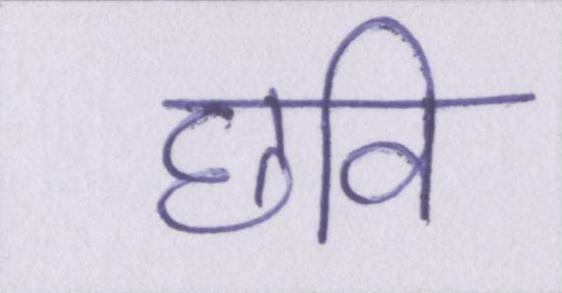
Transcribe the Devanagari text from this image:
छवि